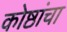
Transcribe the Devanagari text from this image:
कोष्ठांचा